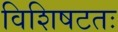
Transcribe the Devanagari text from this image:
विशिषटतः